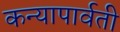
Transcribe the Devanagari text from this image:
कन्यापार्वती